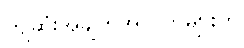
ကျဆုံးအချက်အလက်များကို